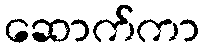
ဆောက်ကာ